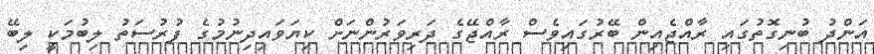
އަންދު ބުނިގޮތުގައި ރާއްޖެއިން ބޭރުގައިވެސް ރާއްޖޭގެ ދަރިވަރުންނަށް ކިޔަވައިދިނުމުގެ ފުރުސަތު ލިބުމަކީ ލިބޭ